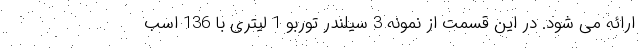
ارائه می شود. در این قسمت از نمونه 3 سیلندر توربو 1 لیتری با 136 اسب